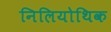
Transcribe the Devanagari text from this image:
निलियोथिक